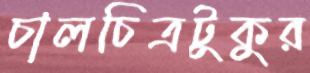
চালচিত্রটুকুর